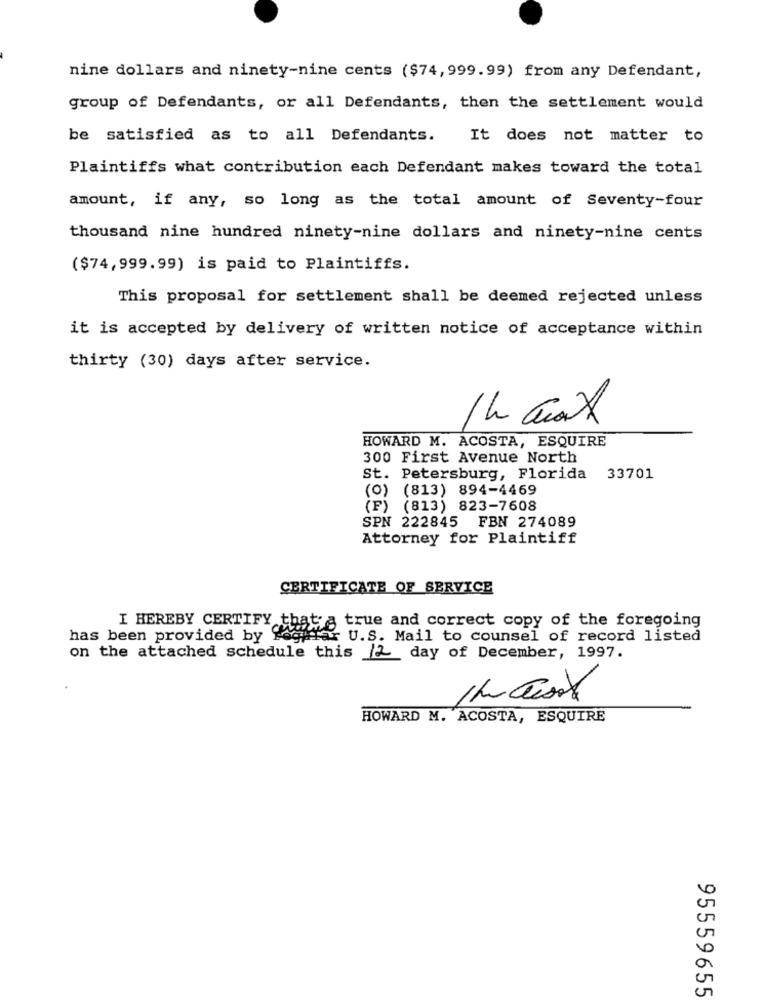
nine dollars and ninety-nine cents ($74,999.99) from any Defendant,
group of Defendants, or all Defendants, then the settlement would
be satisfied as to all Defendants.
It does not matter to
Plaintiffs what contribution each Defendant makes toward the total
amount, if any, so long as the total amount of Seventy-four
thousand nine hundred ninety-nine dollars and ninety-nine cents
($74,999.99) is paid to Plaintiffs.
This proposal for settlement shall be deemed rejected unless
it is accepted by delivery of written notice of acceptance within
thirty (30) days after service.
HOWARD M. ACOSTA, ESQUIRE
300 First Avenue North
St. Petersburg, Florida
33701
(0) (813) 894-4469
(F) (813) 823-7608
SPN 222845 FBN 274089
Attorney for Plaintiff
CERTIFICATE OF SERVICE
I HEREBY CERTIFY
true and correct copy of the foregoing
has been provided by foghar U.S. Mail to counsel of record listed
on the attached schedule this /2 day of December, 1997.
the Cost
HOWARD M. ACOSTA, ESQUIRE
95559655